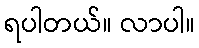
ရပါတယ်။ လာပါ။